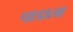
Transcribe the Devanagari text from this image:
पाडाला